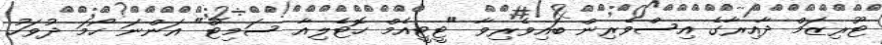
ޓޫރިޒަމް ދާއިރާގެ އިސްވެރިން ބައިވެރިވާ "ޓީޓީއެމް ހޮޓެލިއާ ސަމިޓް" އަންނަ ހޯމަ ދުވަހު